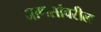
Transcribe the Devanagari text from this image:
माणसांवरील